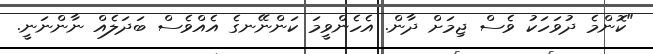
"ކޮންމެ ދުވަހަކު ވެސް ޖިމަށް ދާން. އެހެންވީމަ ކަންނޭނގެ އެއްވެސް ބަދަލެއް ނާންނަނީ.